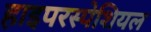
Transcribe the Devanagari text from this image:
हाइपरस्पेशियल